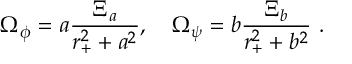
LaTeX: { \Omega } _ { \phi } = a { \frac { { \Xi } _ { a } } { r _ { + } ^ { 2 } + a ^ { 2 } } } , \quad { \Omega } _ { \psi } = b { \frac { { \Xi } _ { b } } { r _ { + } ^ { 2 } + b ^ { 2 } } } \ .